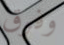
وفوق